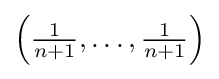
{\textstyle \left({\frac {1}{n+1}},\dots ,{\frac {1}{n+1}}\right)}